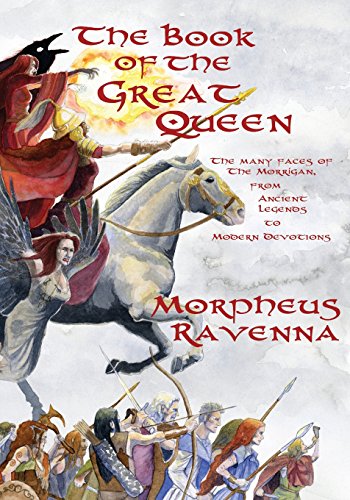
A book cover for The Book of The Great Queen: The Many Faces of the Morrigan from Ancient Legends to Modern Devotions; Morpheus Ravenna; Religion & Spirituality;